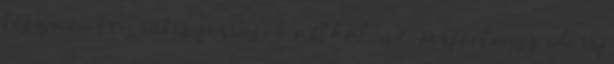
lesz nemtriviális források nélkül is? – Perfectmiss ide írj